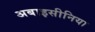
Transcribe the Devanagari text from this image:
अबाइसीनिया